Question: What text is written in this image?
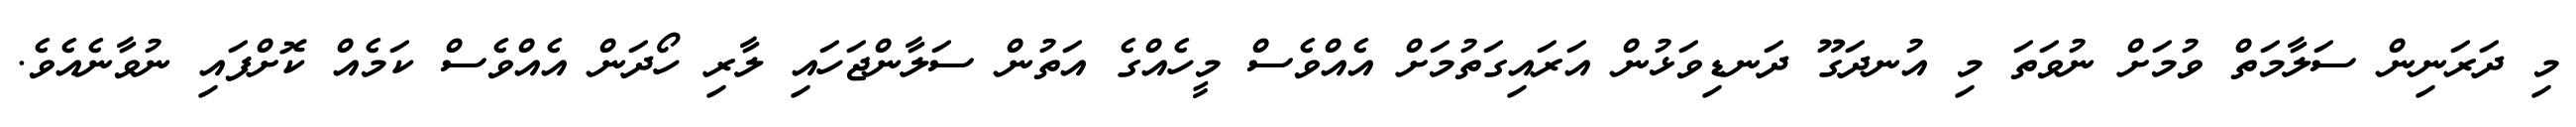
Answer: މި ދަރަނިން ސަލާމަތް ވުމަށް ނުވަތަ މި އުނދަގޫ ދަނޑިވަޅުން އަރައިގަތުމަށް އެއްވެސް މީހެއްގެ އަތުން ސަލާންޖަހައި ލާރި ހޯދަން އެއްވެސް ކަމެއް ކޮށްފައި ނުވާނެއެވެ.